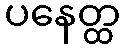
ပနေတ္ထ